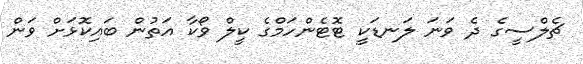
ޗެެލްސީގެ ދެ ވަނަ ލަނޑަކީ ޓޮޓެންހަމްގެ ކީލް ވޯކާ އަތުން ބައިކޮޅަށް ވަން